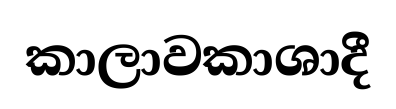
කාලාවකාශාදී